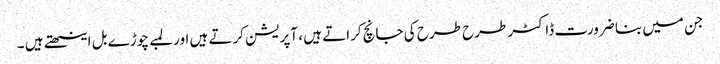
جن میں بنا ضرورت ڈاکٹر طرح طرح کی جانچ کراتے ہیں ، آپریشن کرتے ہیں اور لمبے چوڑے بل اینٹھتے ہیں ۔